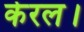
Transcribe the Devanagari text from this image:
केरल।